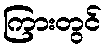
ကြားတွင်